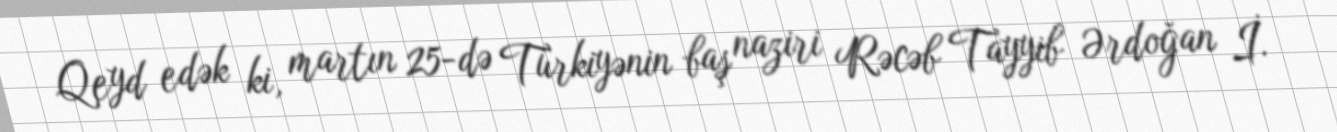
Qeyd edək ki, martın 25-də Türkiyənin baş naziri Rəcəb Tayyib Ərdoğan İ.